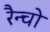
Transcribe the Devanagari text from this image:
रैन्चो